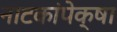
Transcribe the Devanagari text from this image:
नाटकांपेक्षा